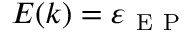
E ( k ) = \varepsilon _ { \mathrm { ~ E ~ P ~ } }